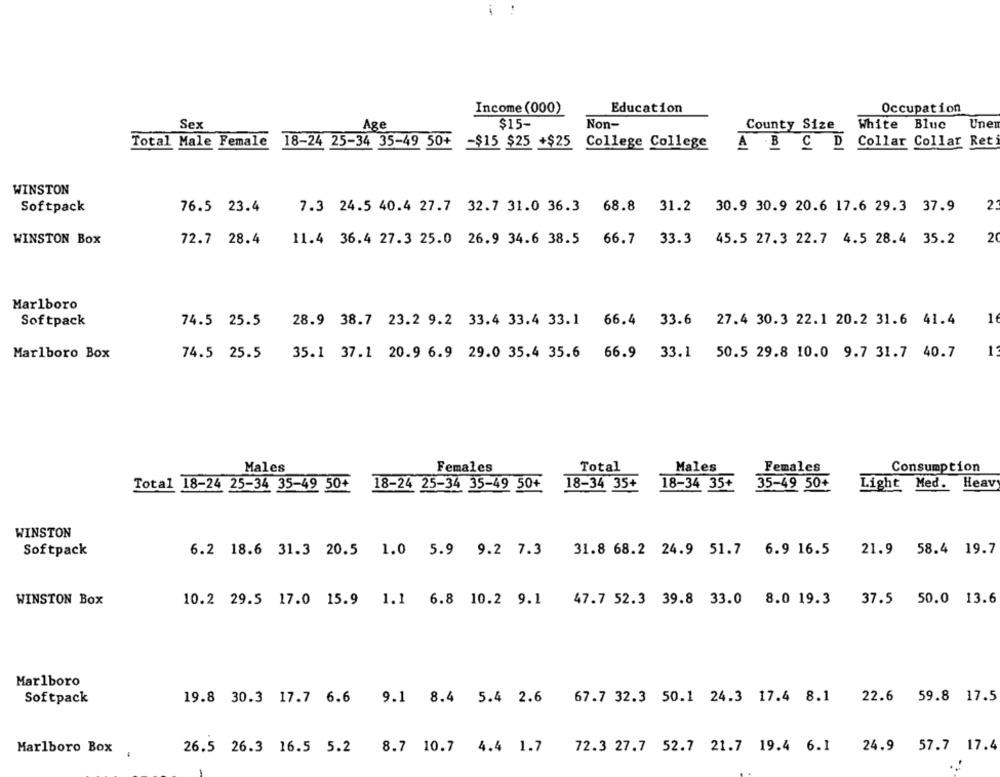
Income (000)
Education
Occupation
Sex
Age
$15-
Non-
County Size White Bluc Uner
Total Male Female 18-24 25-34 35-49 50+
-$15 $25 +$25
College College
A B C D Collar Collar Ret
WINSTON
Softpack
76.5 23.4
7.3 24.5 40.4 27.7 32.7 31.0 36.3 68.8 31.2 30.9 30.9 20.6 17.6 29.3 37.9
2:
WINSTON Box
72.7 28.4
11.4 36.4 27.3 25.0 26.9 34.6 38.5 66.7 33.3 45.5 27.3 22.7 4.5 28.4 35.2
2
Marlboro
Softpack
74.5 25.5
28.9 38.7 23.2 9.2 33.4 33.4 33.1 66.4 33.6 27.4 30.3 22.1 20.2 31.6 41.4
1
Marlboro Box
74.5 25.5
35.1 37.1 20.9 6.9 29.0 35.4 35.6 66.9 33.1 50.5 29.8 10.0 9.7 31.7 40.7
1:
Total
Males
Females
Males
Females
Consumption
Total 18-24 25-34 35-49 50+
18-24 25-34 35-49 50+
18-34 35+
18-34 35+
35-49 50+
Light Med. Heavy
WINSTON
Softpack
6.2 18.6 31.3 20.5 1.0 5.9 9.2 7.3 31.8 68.2 24.9 51.7 6.9 16.5
21.9 58.4 19.7
WINSTON Box
10.2 29.5 17.0 15.9 1.1 6.8 10.2 9.1 47.7 52.3 39.8 33.0 8.0 19.3
37.5 50.0 13.6
Marlboro
Softpack
19.8 30.3 17.7 6.6 9.1 8.4 5.4 2.6 67.7 32.3 50.1 24.3 17.4 8.1 22.6 59.8 17.5
Marlboro Box
.
26.5 26.3 16.5 5.2 8.7 10.7 4.4 1.7 72.3 27.7 52.7 21.7 19.4 6.1 24.9 57.7 17.4